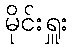
မိုင်းရှူး